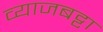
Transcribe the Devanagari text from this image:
व्याजबट्टा